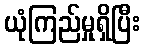
ယုံကြည်မှုရှိပြီး